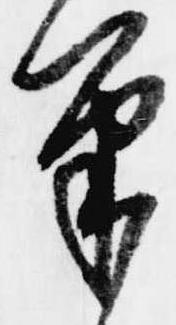
筆